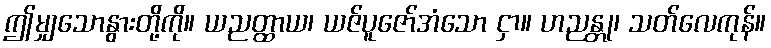
ဤမျှသောနွားတို့ကို။ ယညတ္ထာယ၊ ယဇ်ပူဇော်အံသော ငှာ။ ဟညန္တု၊ သတ်လေကုန်။